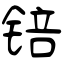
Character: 锫